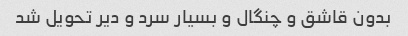
بدون قاشق و چنگال و بسیار سرد و دیر تحویل شد